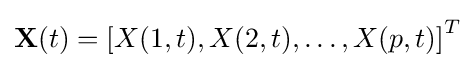
\mathbf {X} (t)={\lbrack X(1,t),X(2,t),\dots ,X(p,t)\rbrack }^{T}